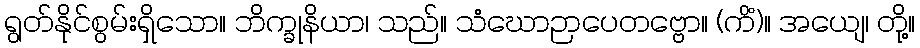
ရွတ်နိုင်စွမ်းရှိသော။ ဘိက္ခုနိယာ၊ သည်။ သံဃောဉာပေတဗ္ဗော။ (ကိံ)။ အယျေ၊ တို့။